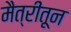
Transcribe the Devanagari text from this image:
मैत्रीतून